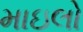
માઇલો